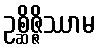
ဥစ္ဆိဇ္ဇိဿာမ